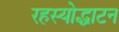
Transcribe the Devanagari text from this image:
रहस्योद्धाटन